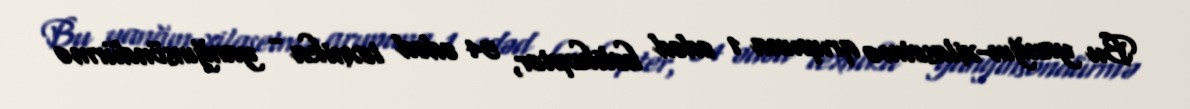
Bu yanğın-xilasetmə qrupuna 1 ədəd helikopter, 54 ədəd texnika - yanğınsöndürmə